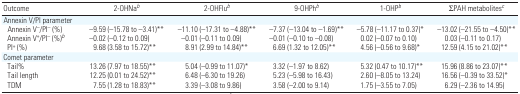
<table><thead><tr><td><b>Outcome</b></td><td><b>2-OHNab</b></td><td><b>2-OHFlub</b></td><td><b>9-OHPhb</b></td><td><b>1-OHPb</b></td><td><b>∑PAH metabolitesc</b></td></tr></thead><tbody><tr><td colspan="6">Annexin V/PI parameter</td></tr><tr><td> Annexin V<sup>−</sup>/PI<sup>−</sup> (%)</td><td>−9.59 (−15.78 to −3.41)**</td><td>−11.10 (−17.31 to −4.88)**</td><td>−7.37 (−13.04 to −1.69)**</td><td>−5.78 (−11.17 to 0.37)*</td><td>−13.02 (−21.55 to −4.50)**</td></tr><tr><td> Annexin V<sup>+</sup>/PI<sup>−</sup> (%)b</td><td>−0.02 (−0.12 to 0.09)</td><td>−0.01 (−0.11 to 0.09)</td><td>−0.01 (−0.10 to −0.08)</td><td>0.02 (−0.07 to 0.10)</td><td>0.03 (−0.11 to 0.17)</td></tr><tr><td> PI<sup>+</sup> (%)</td><td>9.68 (3.58 to 15.72)**</td><td>8.91 (2.99 to 14.84)**</td><td>6.69 (1.32 to 12.05)**</td><td>4.56 (−0.56 to 9.68)*</td><td>12.59 (4.15 to 21.02)**</td></tr><tr><td colspan="6">Comet parameter</td></tr><tr><td> Tail%</td><td>13.26 (7.97 to 18.55)**</td><td>5.04 (−0.99 to 11.07)*</td><td>3.32 (−1.97 to 8.62)</td><td>5.32 (0.47 to 10.17)**</td><td>15.96 (8.86 to 23.07)**</td></tr><tr><td> Tail length</td><td>12.25 (0.01 to 24.52)**</td><td>6.48 (−6.30 to 19.26)</td><td>5.23 (−5.98 to 16.43)</td><td>2.60 (−8.05 to 13.24)</td><td>16.56 (−0.39 to 33.52)*</td></tr><tr><td> TDM</td><td>7.55 (1.28 to 18.83)**</td><td>3.39 (−3.08 to 9.86)</td><td>3.58 (−2.00 to 9.14)</td><td>1.75 (−3.55 to 7.05)</td><td>6.29 (−2.36 to 14.95)</td></tr></tbody></table>